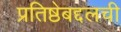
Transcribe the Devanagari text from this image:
प्रतिष्ठेबद्दलची